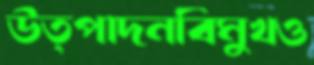
উত্পাদনবিমুখও